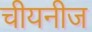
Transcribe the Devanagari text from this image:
चीयनीज